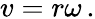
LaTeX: v=r\omega\, .